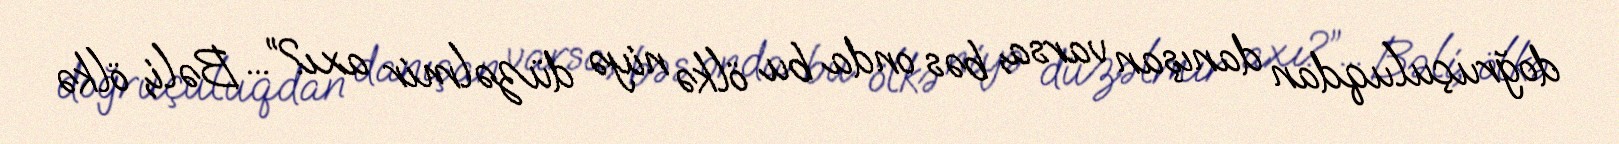
doğruçuluqdan danışan varsa, bəs onda bu ölkə niyə düzəlmir axı?”... Bəli, ölkə